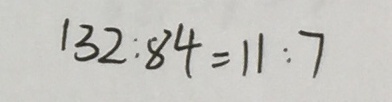
1 3 2 : 8 4 = 1 1 : 7